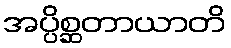
အပ္ပိစ္ဆတာယာတိ